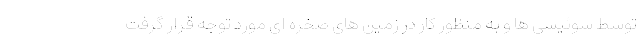
توسط سوئیسی ها و به منظور کار در زمین های صخره ای مورد توجه قرار گرفت